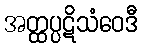
အတ္ထပ္ပဋိသံဝေဒီ